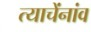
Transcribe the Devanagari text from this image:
त्याचेंनांव